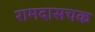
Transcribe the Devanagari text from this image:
रामदासचक